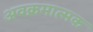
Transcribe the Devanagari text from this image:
अवक्रमात्मक